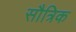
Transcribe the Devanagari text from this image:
सौत्रिक